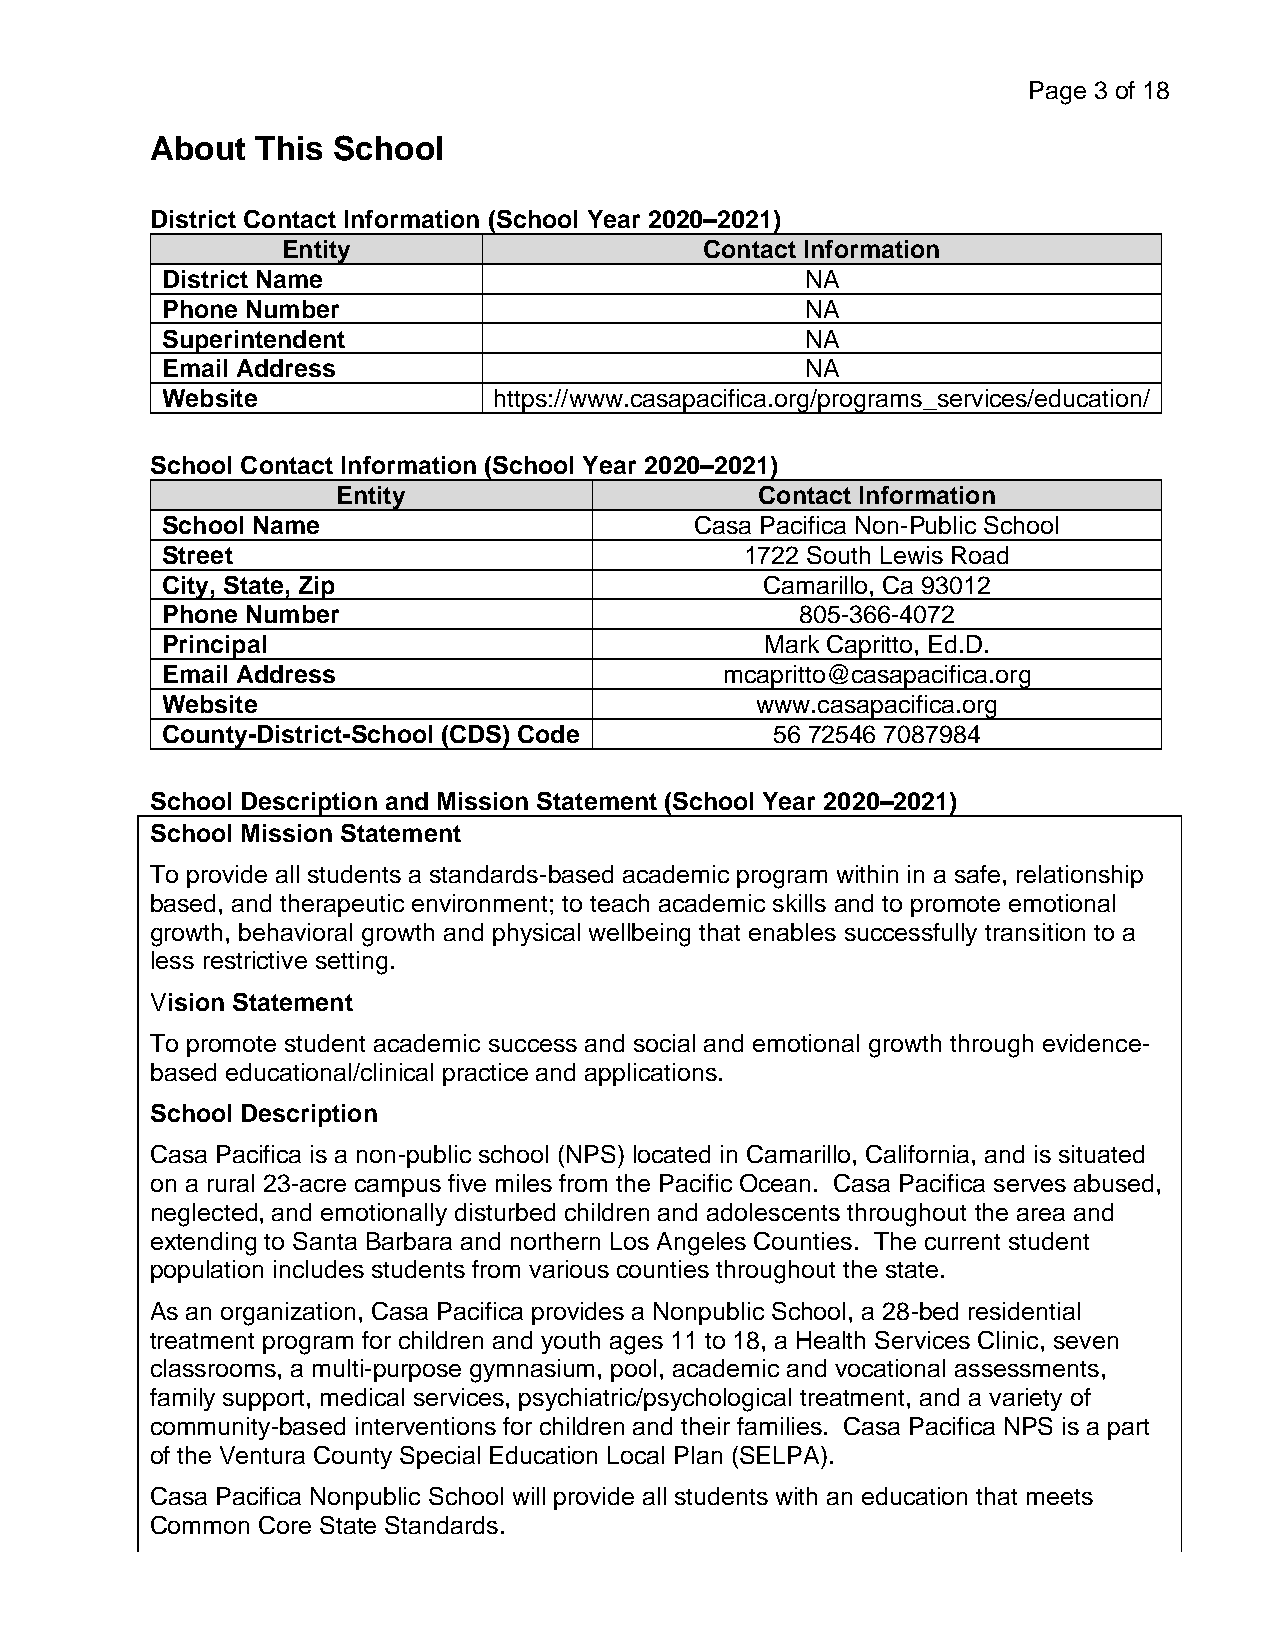
Page 3 of 18
 About  This School
 District Contact Information (School Year 2020–2021)
 Entity                      Contact Information
 District Name                             NA
 Phone Number                              NA
 Superintendent                            NA
 Email Address                             NA
 Website               https://www.casapacifica.org/programs_services/education/
 School Contact Information (School Year 2020–2021)
 Entity                      Contact Information
 School Name                        Casa Pacifica Non-Public School
 Street                                1722 South Lewis Road
 City, State, Zip                        Camarillo, Ca 93012
 Phone Number                              805-366-4072
 Principal                               Mark Capritto, Ed.D.
 Email Address                        mcapritto@casapacifica.org
 Website                                www.casapacifica.org
 County-District-School (CDS) Code       56 72546 7087984
 School Description and Mission Statement (School Year 2020–2021)
 School Mission Statement
 To provide all students a standards-based academic program within in a safe, relationship
 based, and therapeutic environment; to teach academic skills and to promote emotional
 growth, behavioral growth and physical wellbeing that enables successfully transition to a
 less restrictive setting.
 Vision Statement
 To promote student academic success and social and emotional growth through evidence-
 based educational/clinical practice and applications.
 School Description
 Casa Pacifica is a non-public school (NPS) located in Camarillo, California, and is situated
 on a rural 23-acre campus five miles from the Pacific Ocean. Casa Pacifica serves abused,
 neglected, and emotionally disturbed children and adolescents throughout the area and
 extending to Santa Barbara and northern Los Angeles Counties. The current student
 population includes students from various counties throughout the state.
 As an organization, Casa Pacifica provides a Nonpublic School, a 28-bed residential
 treatment program for children and youth ages 11 to 18, a Health Services Clinic, seven
 classrooms, a multi-purpose gymnasium, pool, academic and vocational assessments,
 family support, medical services, psychiatric/psychological treatment, and a variety of
 community-based interventions for children and their families. Casa Pacifica NPS is a part
 of the Ventura County Special Education Local Plan (SELPA).
 Casa Pacifica Nonpublic School will provide all students with an education that meets
 Common Core State Standards.